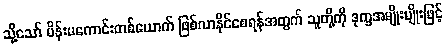
သို့သော် မိန်းမကောင်းတစ်ယောက် ဖြစ်လာနိုင်စေရန်အတွက် သူတို့ကို ဒုက္ခအမျိုးမျိုးဖြင့်